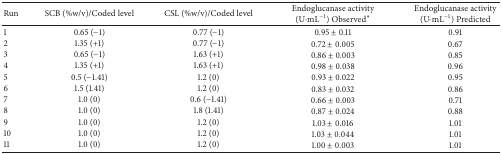
| Run | SCB (%w/v)/Coded level | CSL (%w/v)/Coded level | Endoglucanase activity (U·mL−1) Observed* | Endoglucanase activity (U·mL−1) Predicted |
 | --- | --- | --- | --- | --- |
 | 1 | 0.65 (−1) | 0.77 (−1) | 0.95 ± 0.11 | 0.91 |
 | 2 | 1.35 (+1) | 0.77 (−1) | 0.72 ± 0.005 | 0.67 |
 | 3 | 0.65 (−1) | 1.63 (+1) | 0.86 ± 0.003 | 0.85 |
 | 4 | 1.35 (+1) | 1.63 (+1) | 0.98 ± 0.038 | 0.96 |
 | 5 | 0.5 (−1.41) | 1.2 (0) | 0.93 ± 0.022 | 0.95 |
 | 6 | 1.5 (1.41) | 1.2 (0) | 0.83 ± 0.032 | 0.86 |
 | 7 | 1.0 (0) | 0.6 (−1.41) | 0.66 ± 0.003 | 0.71 |
 | 8 | 1.0 (0) | 1.8 (1.41) | 0.87 ± 0.024 | 0.88 |
 | 9 | 1.0 (0) | 1.2 (0) | 1.03 ± 0.016 | 1.01 |
 | 10 | 1.0 (0) | 1.2 (0) | 1.03 ± 0.044 | 1.01 |
 | 11 | 1.0 (0) | 1.2 (0) | 1.00 ± 0.003 | 1.01 |